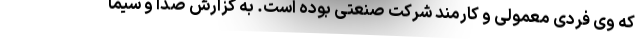
که وی فردی معمولی و کارمند شرکت صنعتی بوده است. به گزارش صدا و سیما